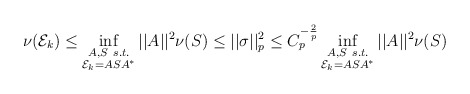
\begin{align*} \nu(\mathcal{E}_k) \leq \inf_{\substack{A, S \ s.t. \\ \mathcal{E}_k = ASA^*}}||A||^2\nu(S) \leq ||\sigma||_p^2 \leq C_p^{-\frac{2}{p}} \inf_{\substack{A, S \ s.t. \\ \mathcal{E}_k = ASA^*}}||A||^2\nu(S) \end{align*}